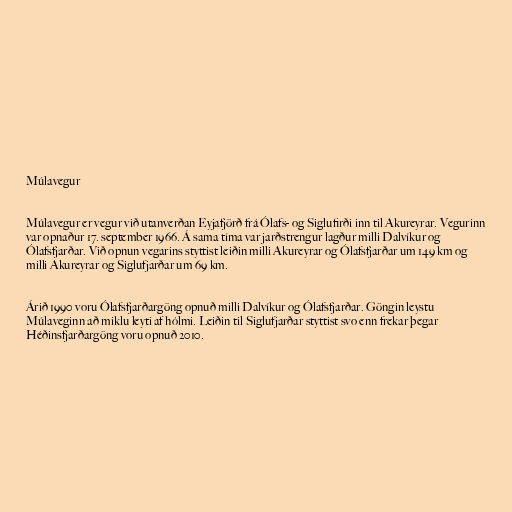
Múlavegur

Múlavegur er vegur við utanverðan Eyjafjörð frá Ólafs- og Siglufirði inn til Akureyrar. Vegurinn
var opnaður 17. september 1966. Á sama tíma var jarðstrengur lagður milli Dalvíkur og
Ólafsfjarðar. Við opnun vegarins styttist leiðin milli Akureyrar og Ólafsfjarðar um 149 km og
milli Akureyrar og Siglufjarðar um 69 km.

Árið 1990 voru Ólafsfjarðargöng opnuð milli Dalvíkur og Ólafsfjarðar. Göngin leystu
Múlaveginn að miklu leyti af hólmi. Leiðin til Siglufjarðar styttist svo enn frekar þegar
Héðinsfjarðargöng voru opnuð 2010.